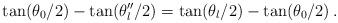
LaTeX: \begin{align*} \tan(\theta_0/2)-\tan(\theta''_l/2)=\tan(\theta_l/2)-\tan(\theta_0/2)\,.\end{align*}